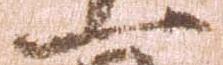
一